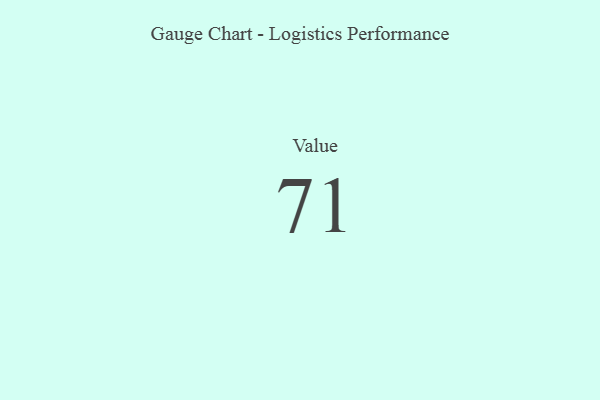
{"axis": {"x": "Metric", "y": "Value"}, "legend": [""], "data": [{"x": "Value", "y": 71, "type": ""}]}